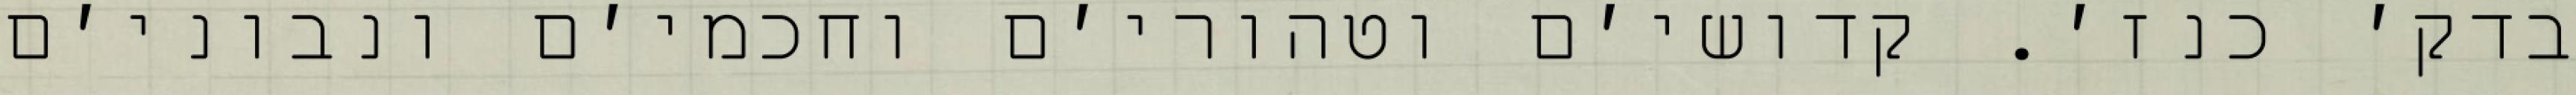
בדק׳ כנז׳. קדושי׳ם וטהורי׳ם וחכמי׳ם ונבוני׳ם